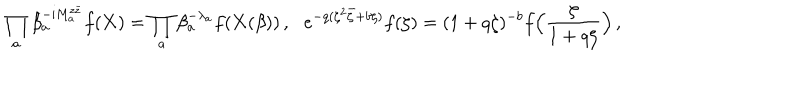
LaTeX: \! \! \prod _ { a } \beta _ { a } ^ { - \mathrm { i } M _ { a } ^ { z \bar { z } } } f ( { \bf X } ) = \prod _ { a } \beta _ { a } ^ { - \lambda _ { a } } f ( { \bf X } ( \beta ) ) \, , \quad \! \! e ^ { - q ( \zeta ^ { 2 } \bar { \zeta } + b \zeta ) } f ( \zeta ) = ( 1 + q \zeta ) ^ { - b } f \Bigl ( \frac { \zeta } { 1 + q \zeta } \Bigr ) \, ,